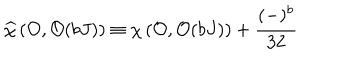
\widehat { \chi } \left( { \cal O } , { \cal O } ( b J ) \right) \equiv \chi \left( { \cal O } , { \cal O } ( b J ) \right) + { \frac { ( - ) ^ { b } } { 3 2 } }